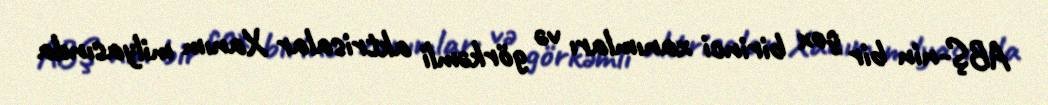
ABŞ-nin bir çox birinci xanımları və görkəmli aktrisalar Xanım milyasında